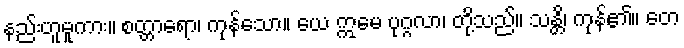
နည်းဟူမူကား။ စတ္တာရော၊ ကုန်သော။ ယေ ဣမေ ပုဂ္ဂလာ၊ တို့သည်။ သန္တိ၊ ကုန်၏။ တေ